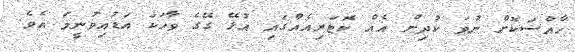
ހާއްސަކޮށް ނުވަ ކުދިން އެއް ކޮޓަރިއެއްގައި އުޅޭ ގޭގެ ވާހަކަ އަޑުއިވުނީމަ އެވެ.